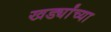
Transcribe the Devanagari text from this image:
खर्ड्यांच्या